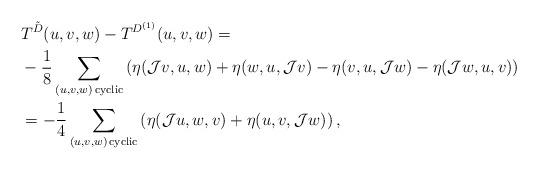
LaTeX: \begin{align*}& T^{\tilde{D}}(u, v, w) - T^{D^{(1)}} (u, v, w) = \\& - \frac{1}{8}\sum_{(u,v,w)\, \mathrm{cyclic}} \left( \eta (\mathcal J v, u, w) + \eta ( w ,u,\mathcal J v) -\eta (v,u,\mathcal Jw) -\eta (\mathcal Jw,u,v)\right) \\ & = - \frac{1}{4}\sum_{(u,v,w)\, \mathrm{cyclic}} \left( \eta (\mathcal J u, w, v) + \eta ( u ,v,\mathcal J w) \right) , \end{align*}